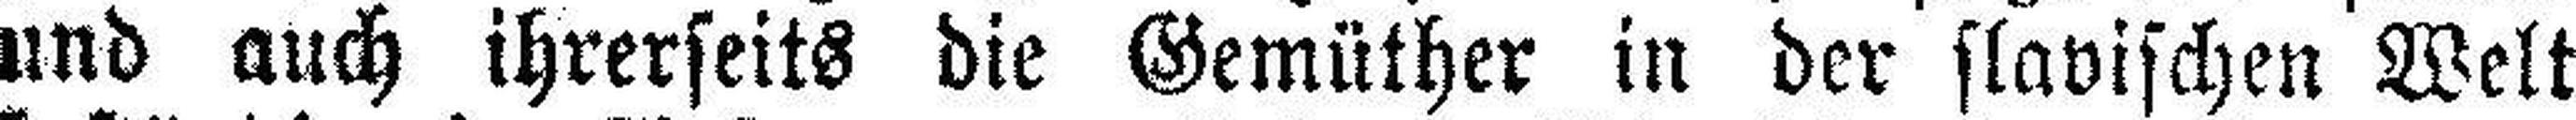
und auch ihrerseits die Gemüther in der slavischen Welt